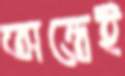
অন্তেই